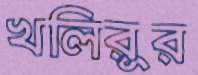
খলিরুর